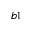
^ { b 1 }